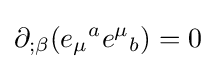
\partial _{;\beta }({e_{\mu }}^{a}{e^{\mu }}_{b})=0